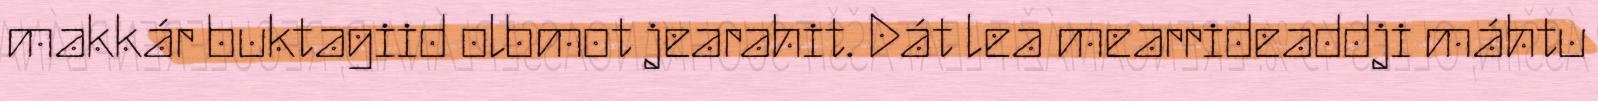
makkár buktagiid olbmot jearahit. Dát lea mearrideaddji máhtu